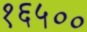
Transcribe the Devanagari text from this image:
१६५००